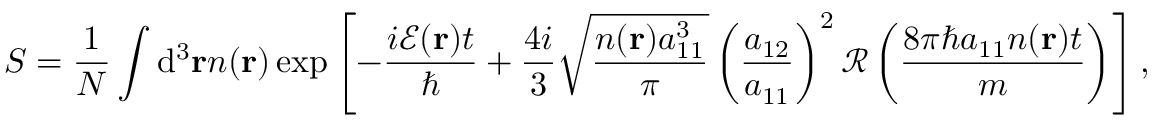
S = \frac { 1 } { N } \int \mathrm { d } ^ { 3 } \mathbf { r } n ( \mathbf { r } ) \exp \left[ - \frac { i \mathcal { E } ( \mathbf { r } ) t } { \hbar } + \frac { 4 i } { 3 } \sqrt { \frac { n ( \mathbf { r } ) a _ { 1 1 } ^ { 3 } } { \pi } } \left( \frac { a _ { 1 2 } } { a _ { 1 1 } } \right) ^ { 2 } \mathcal { R } \left( \frac { 8 \pi \hbar a _ { 1 1 } n ( \mathbf { r } ) t } { m } \right) \right] ,